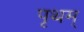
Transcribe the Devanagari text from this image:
पृथम्‌